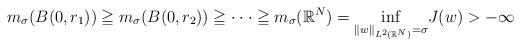
\begin{align*}m_{\sigma }(B(0,r_{1}))\geqq m_{\sigma }(B(0,r_{2}))\geqq \cdot \cdot \cdot\geqq m_{\sigma }(\mathbb{R}^{N})=\underset{\left \Vert w\right \Vert _{L^{2}(\mathbb{R}^{N})}=\sigma }{\inf }J(w)>-\infty \end{align*}